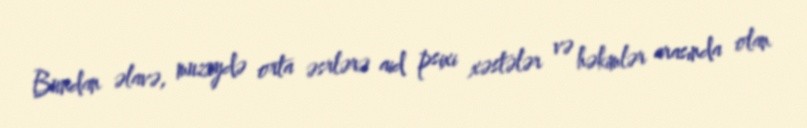
Bundan əlavə, muzeydə orta əsrlərə aid psixi xəstələr və həkimlər arasında olan